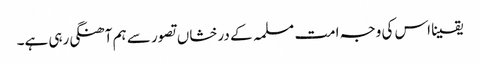
یقینا اس کی وجہ امت مسلمہ کے درخشاں تصور سے ہم آھنگی رہی ہے۔